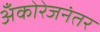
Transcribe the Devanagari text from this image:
अँकोरेजनंतर